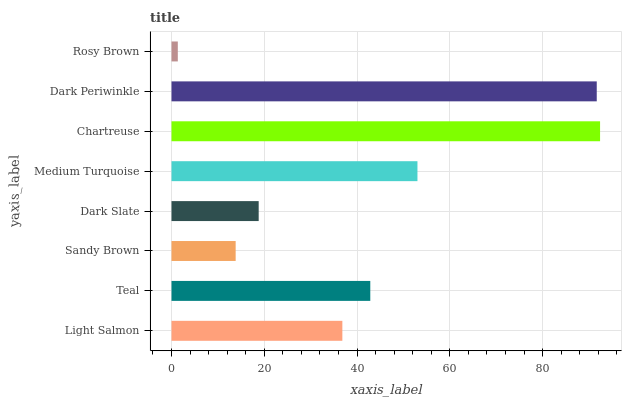
| yaxis_label | bars |
 | --- | --- |
 | Light Salmon | 36.8 |
 | Teal | 42.8 |
 | Sandy Brown | 13.8 |
 | Dark Slate | 18.8 |
 | Medium Turquoise | 53 |
 | Chartreuse | 92.4 |
 | Dark Periwinkle | 91.7 |
 | Rosy Brown | 1.36 |